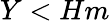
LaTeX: Y<Hm